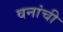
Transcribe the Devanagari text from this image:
वनांची